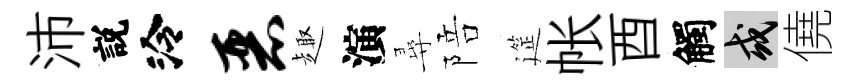
沛説泠恶趣演尋陪筵帐酉觸或僥